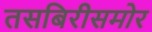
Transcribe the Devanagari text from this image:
तसबिरीसमोर